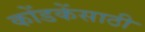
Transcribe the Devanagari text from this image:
कोंडकेंसाठी